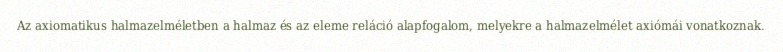
Az axiomatikus halmazelméletben a halmaz és az eleme reláció alapfogalom, melyekre a halmazelmélet axiómái vonatkoznak.